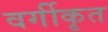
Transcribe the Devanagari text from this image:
वर्गीकृत